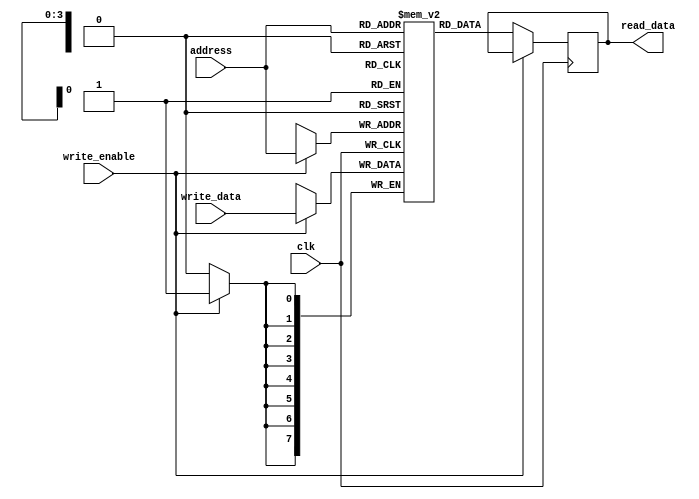
module Memory (
  input wire clk,
  input wire write_enable,
  input wire [7:0] write_data,
  input wire [3:0] address,
  output reg [7:0] read_data
);
  
  reg [7:0] mem [15:0]; // 16-byte memory
  
  always @(posedge clk) begin
    if (write_enable) // Write operation
      mem[address] <= write_data;
    else // Read operation
      read_data <= mem[address];
  end

endmodule